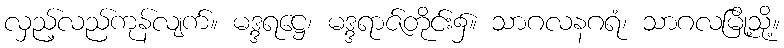
လှည့်လည်ကုန်လျက်။ မဒ္ဒရဋ္ဌေ၊ မဒ္ဒရာဇ်တိုင်း၌။ သာဂလနဂရံ၊ သာဂလမြို့သို့။